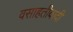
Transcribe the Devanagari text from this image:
वसाहतीवादी